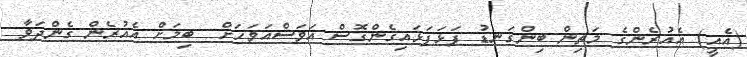
(އެއީ) އެއުރެންގެ މަތިން ބިންގަނޑު ފަޅަފަޅައިގެންގޮސް އަވަސްއަވަހަށް  ބިމަށް އެއުރެން ގެންދަވާ